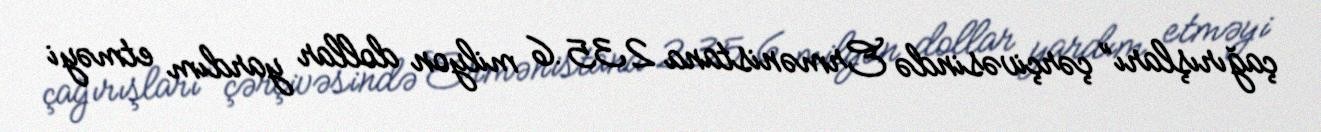
çağırışları” çərçivəsində Ermənistana 235.6 milyon dollar yardım etməyi